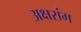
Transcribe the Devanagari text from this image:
अक्षरांग